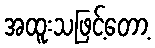
အထူးသဖြင့်တော့